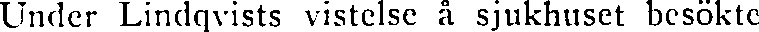
Under Lindqvists vistelse å sjukhuset besökte